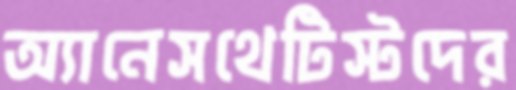
অ্যানেসথেটিস্টদের